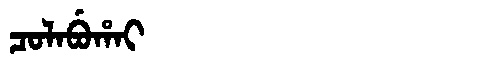
Manchu: ᠴᠣᠯᠠᠪᡠᡥᠠᡳ
Romanization: COLABUHAI